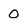
Character: 0